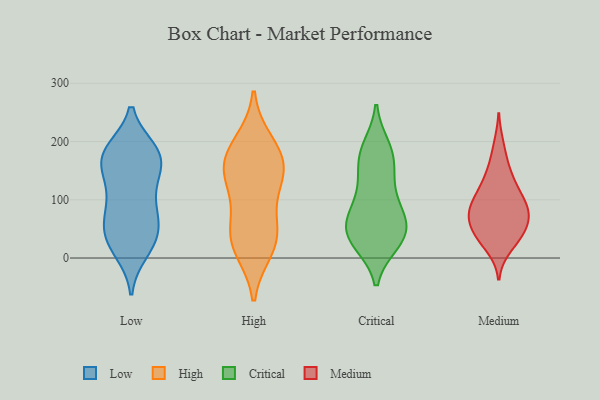
{"axis": {"x": "Headcount", "y": "Value"}, "legend": ["Critical", "High", "Low", "Medium"], "data": [{"x": "", "y": 64, "type": "Low"}, {"x": "", "y": 26, "type": "Low"}, {"x": "", "y": 134, "type": "Low"}, {"x": "", "y": 33, "type": "Low"}, {"x": "", "y": 185, "type": "Low"}, {"x": "", "y": 41, "type": "Low"}, {"x": "", "y": 172, "type": "Low"}, {"x": "", "y": 160, "type": "Low"}, {"x": "", "y": 183, "type": "Low"}, {"x": "", "y": 184, "type": "Low"}, {"x": "", "y": 11, "type": "Low"}, {"x": "", "y": 177, "type": "Low"}, {"x": "", "y": 66, "type": "Low"}, {"x": "", "y": 83, "type": "Low"}, {"x": "", "y": 179, "type": "Low"}, {"x": "", "y": 97, "type": "Low"}, {"x": "", "y": 125, "type": "Low"}, {"x": "", "y": 20, "type": "Low"}, {"x": "", "y": 143, "type": "Low"}, {"x": "", "y": 66, "type": "Low"}, {"x": "", "y": 157, "type": "High"}, {"x": "", "y": 170, "type": "High"}, {"x": "", "y": 134, "type": "High"}, {"x": "", "y": 54, "type": "High"}, {"x": "", "y": 122, "type": "High"}, {"x": "", "y": 17, "type": "High"}, {"x": "", "y": 169, "type": "High"}, {"x": "", "y": 196, "type": "High"}, {"x": "", "y": 33, "type": "High"}, {"x": "", "y": 36, "type": "High"}, {"x": "", "y": 188, "type": "Critical"}, {"x": "", "y": 128, "type": "Critical"}, {"x": "", "y": 141, "type": "Critical"}, {"x": "", "y": 25, "type": "Critical"}, {"x": "", "y": 37, "type": "Critical"}, {"x": "", "y": 170, "type": "Critical"}, {"x": "", "y": 64, "type": "Critical"}, {"x": "", "y": 191, "type": "Critical"}, {"x": "", "y": 69, "type": "Critical"}, {"x": "", "y": 55, "type": "Critical"}, {"x": "", "y": 30, "type": "Critical"}, {"x": "", "y": 170, "type": "Critical"}, {"x": "", "y": 105, "type": "Critical"}, {"x": "", "y": 74, "type": "Critical"}, {"x": "", "y": 35, "type": "Critical"}, {"x": "", "y": 77, "type": "Critical"}, {"x": "", "y": 26, "type": "Critical"}, {"x": "", "y": 68, "type": "Medium"}, {"x": "", "y": 57, "type": "Medium"}, {"x": "", "y": 45, "type": "Medium"}, {"x": "", "y": 93, "type": "Medium"}, {"x": "", "y": 88, "type": "Medium"}, {"x": "", "y": 19, "type": "Medium"}, {"x": "", "y": 71, "type": "Medium"}, {"x": "", "y": 83, "type": "Medium"}, {"x": "", "y": 33, "type": "Medium"}, {"x": "", "y": 34, "type": "Medium"}, {"x": "", "y": 93, "type": "Medium"}, {"x": "", "y": 125, "type": "Medium"}, {"x": "", "y": 162, "type": "Medium"}, {"x": "", "y": 86, "type": "Medium"}, {"x": "", "y": 193, "type": "Medium"}, {"x": "", "y": 136, "type": "Medium"}, {"x": "", "y": 124, "type": "Medium"}, {"x": "", "y": 47, "type": "Medium"}]}